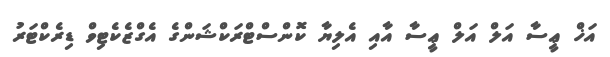
އަޚް ޢީސާ އަލް އަލް ޢީސާ އާއި އެލިޔާ ކޮންސްޓްރަކްޝަންގެ އެގްޒެކެޓިވް ޑިރެކްޓަރު